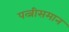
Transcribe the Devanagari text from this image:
पत्नीसमान